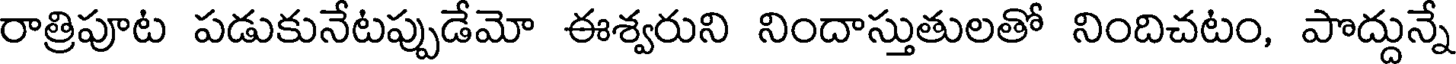
రాత్రిపూట పడుకునేటప్పుడేమో ఈశ్వరుని నిందాస్తుతులతో నిందిచటం, పొద్దున్నే